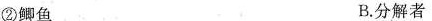
②鲫鱼 B.分解者